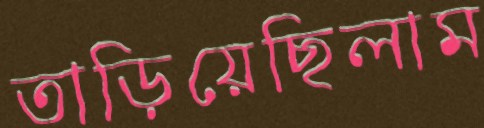
তাড়িয়েছিলাম